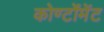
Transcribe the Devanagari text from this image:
कोण्टोंमेंट